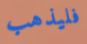
فليذهب